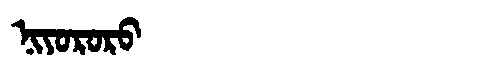
Manchu: ᠨᡳᠶᠣᡵᠣᡵᠣ
Romanization: NIYORORO